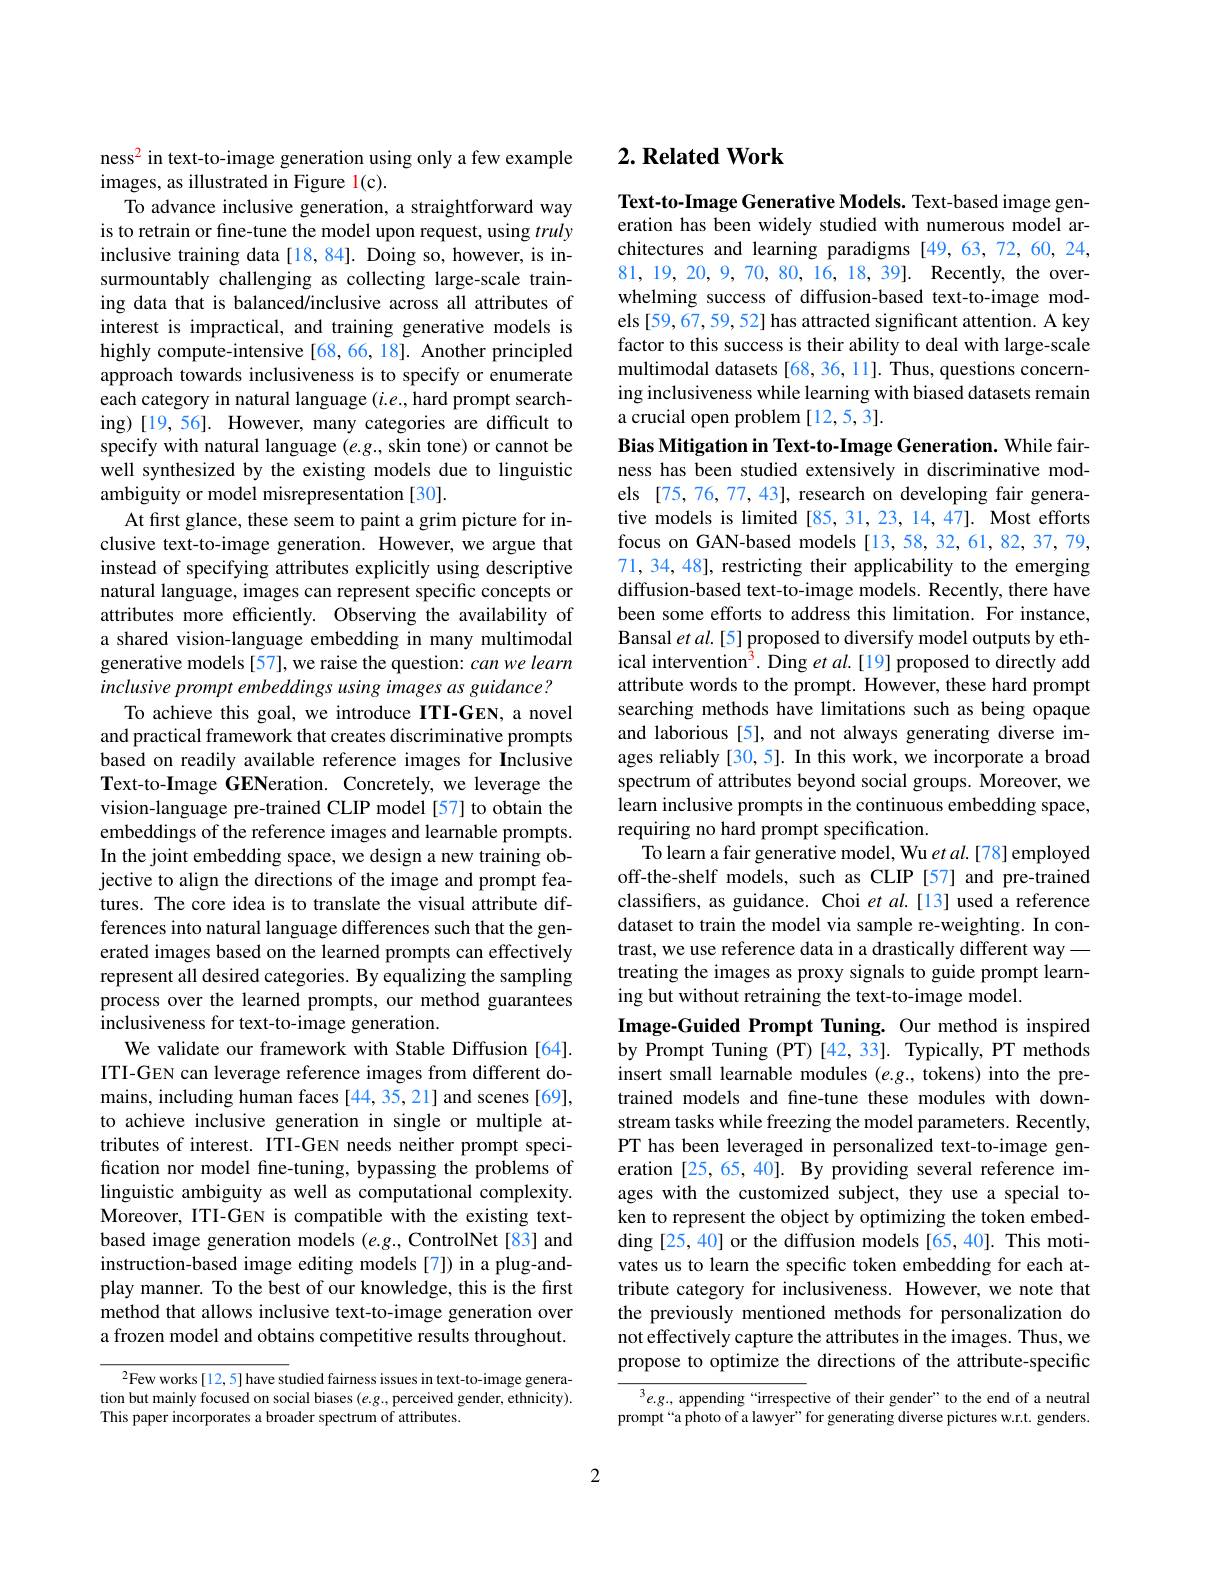
ness$^{2}$ in text-to-image generation using only a few example
images, as illustrated in Figure 1(c).
To advance inclusive generation, a straightforward way is to retrain or fine-tune the model upon request, using truly inclusive training data[18,84]. Doing so, however, is insurmountably challenging as collecting large-scale training data that is balanced/inclusive across all attributes of interest is impractical, and training generative models is highly compute-intensive[68,66,18]. Another principled approach towards inclusiveness is to specify or enumerate each category in natural language $(i.e.$,hard prompt searching)[19,56]. However, many categories are difficult to specify with natural language $(e.g.$, skin tone) or cannot be well synthesized by the existing models due to linguistic ambiguity or model misrepresentation [30].
At first glance, these seem to paint a grim picture for inclusive text-to-image generation. However, we argue that instead of specifying attributes explicitly using descriptive natural language, images can represent specific concepts or attributes more efficiently. Observing the availability of a shared vision-language embedding in many multimodal generative models [57], we raise the question: can we learn inclusive prompt embeddings using images as guidance?
To achieve this goal, we introduce ITI-GEN, a novel and practical framework that creates discriminative prompts based on readily available reference images for Inclusive Text-to-Image GENeration. Concretely, we leverage the vision-language pre-trained CLIP model [57] to obtain the embeddings of the reference images and learnable prompts. In the joint embedding space, we design a new training objective to align the directions of the image and prompt features. The core idea is to translate the visual attribute differences into natural language differences such that the generated images based on the learned prompts can effectively represent all desired categories. By equalizing the sampling process over the learned prompts, our method guarantees inclusiveness for text-to-image generation.
We validate our framework with Stable Diffusion [64]. ITI-GEN can leverage reference images from different domains, including human faces [44,35,21] and scenes [69], to achieve inclusive generation in single or multiple attributes of interest. ITI-GEN needs neither prompt specification nor model fine-tuning, bypassing the problems of linguistic ambiguity as well as computational complexity. Moreover, ITI-GEN is compatible with the existing textbased image generation models $(e.g.$, ControlNet[83] and instruction-based image editing models [7]) in a plug-andplay manner. To the best of our knowledge, this is the first method that allows inclusive text-to-image generation over a frozen model and obtains competitive results throughout.
$^2$Few works[12,5] have studied fairness issues in text-to-image genera-

tion but mainly focused on social biases $(e.g.$,perceived gender, ethnicity).
This paper incorporates a broader spectrum of attributes.

## $2. \textbf{Related Work}$

Text-to-Image Generative Models. Text-based image generation has been widely studied with numerous model architectures and learning paradigms [49,63,72,60,24, 81,19,20,9,70,80,16,18,39]. Recently, the overwhelming success of diffusion-based text-to-image models [59,67,59,52] has attracted significant attention. A key factor to this success is their ability to deal with large-scale multimodal datasets [68, 36, 11]. Thus, questions concerning inclusiveness while learning with biased datasets remain a crucial open problem [12,5,3].
Bias Mitigation in Text-to-Image Generation. While fairness has been studied extensively in discriminative models [75,76,77,43], research on developing fair generative models is limited [85, 31, 23, 14, 47]. Most efforts focus on GAN-based models [13,58,32,61,82,37,79, 71, 34, 48], restricting their applicability to the emerging diffusion-based text-to-image models. Recently, there have been some efforts to address this limitation. For instance, Bansal et al. [5] proposed to diversify model outputs by ethical intervention$^{3}.$ Ding et al.[19] proposed to directly add attribute words to the prompt. However, these hard prompt searching methods have limitations such as being opaque and laborious [5], and not always generating diverse images reliably [30,5]. In this work, we incorporate a broad spectrum of attributes beyond social groups. Moreover, we learn inclusive prompts in the continuous embedding space, requiring no hard prompt specification.
To learn a fair generative model, Wu et al. [78] employed off-the-shelf models, such as CLIP [57] and pre-trained classifiers, as guidance. Choi et al.[13] used a reference dataset to train the model via sample re-weighting. In contrast, we use reference data in a drastically different way— treating the images as proxy signals to guide prompt learning but without retraining the text-to-image model.
Image-Guided Prompt Tuning. Our method is inspired by Prompt Tuning (PT) [42,33]. Typically, PT methods insert small learnable modules (e.g., tokens) into the pretrained models and fine-tune these modules with downstream tasks while freezing the model parameters. Recently, PT has been leveraged in personalized text-to-image generation [25,65,40]. By providing several reference images with the customized subject, they use a special token to represent the object by optimizing the token embed- $\operatorname{ding}[25,40]$ or the diffusion models[65,40]. This motivates us to learn the specific token embedding for each attribute category for inclusiveness. However, we note that the previously mentioned methods for personalization do not effectively capture the attributes in the images. Thus, we propose to optimize the directions of the attribute-specific
$^3e.g.$, appending “irrespective of their gender”to the end of a neutral

prompt“a photo of a lawyer” for generating diverse pictures w.r.t. genders.

2